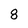
Character: 8